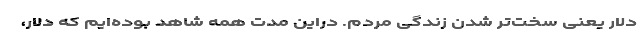
دلار یعنی سخت‌تر شدن زندگی مردم. دراین مدت همه شاهد بوده‌ایم که دلار،